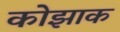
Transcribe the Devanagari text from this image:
कोझाक